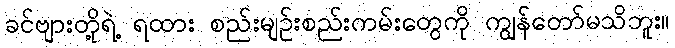
ခင်ဗျားတို့ရဲ့ ရထား စည်းမျဉ်းစည်းကမ်းတွေကို ကျွန်တော်မသိဘူး။